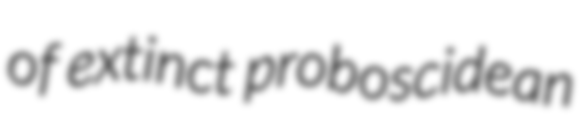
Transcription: of extinct proboscidean